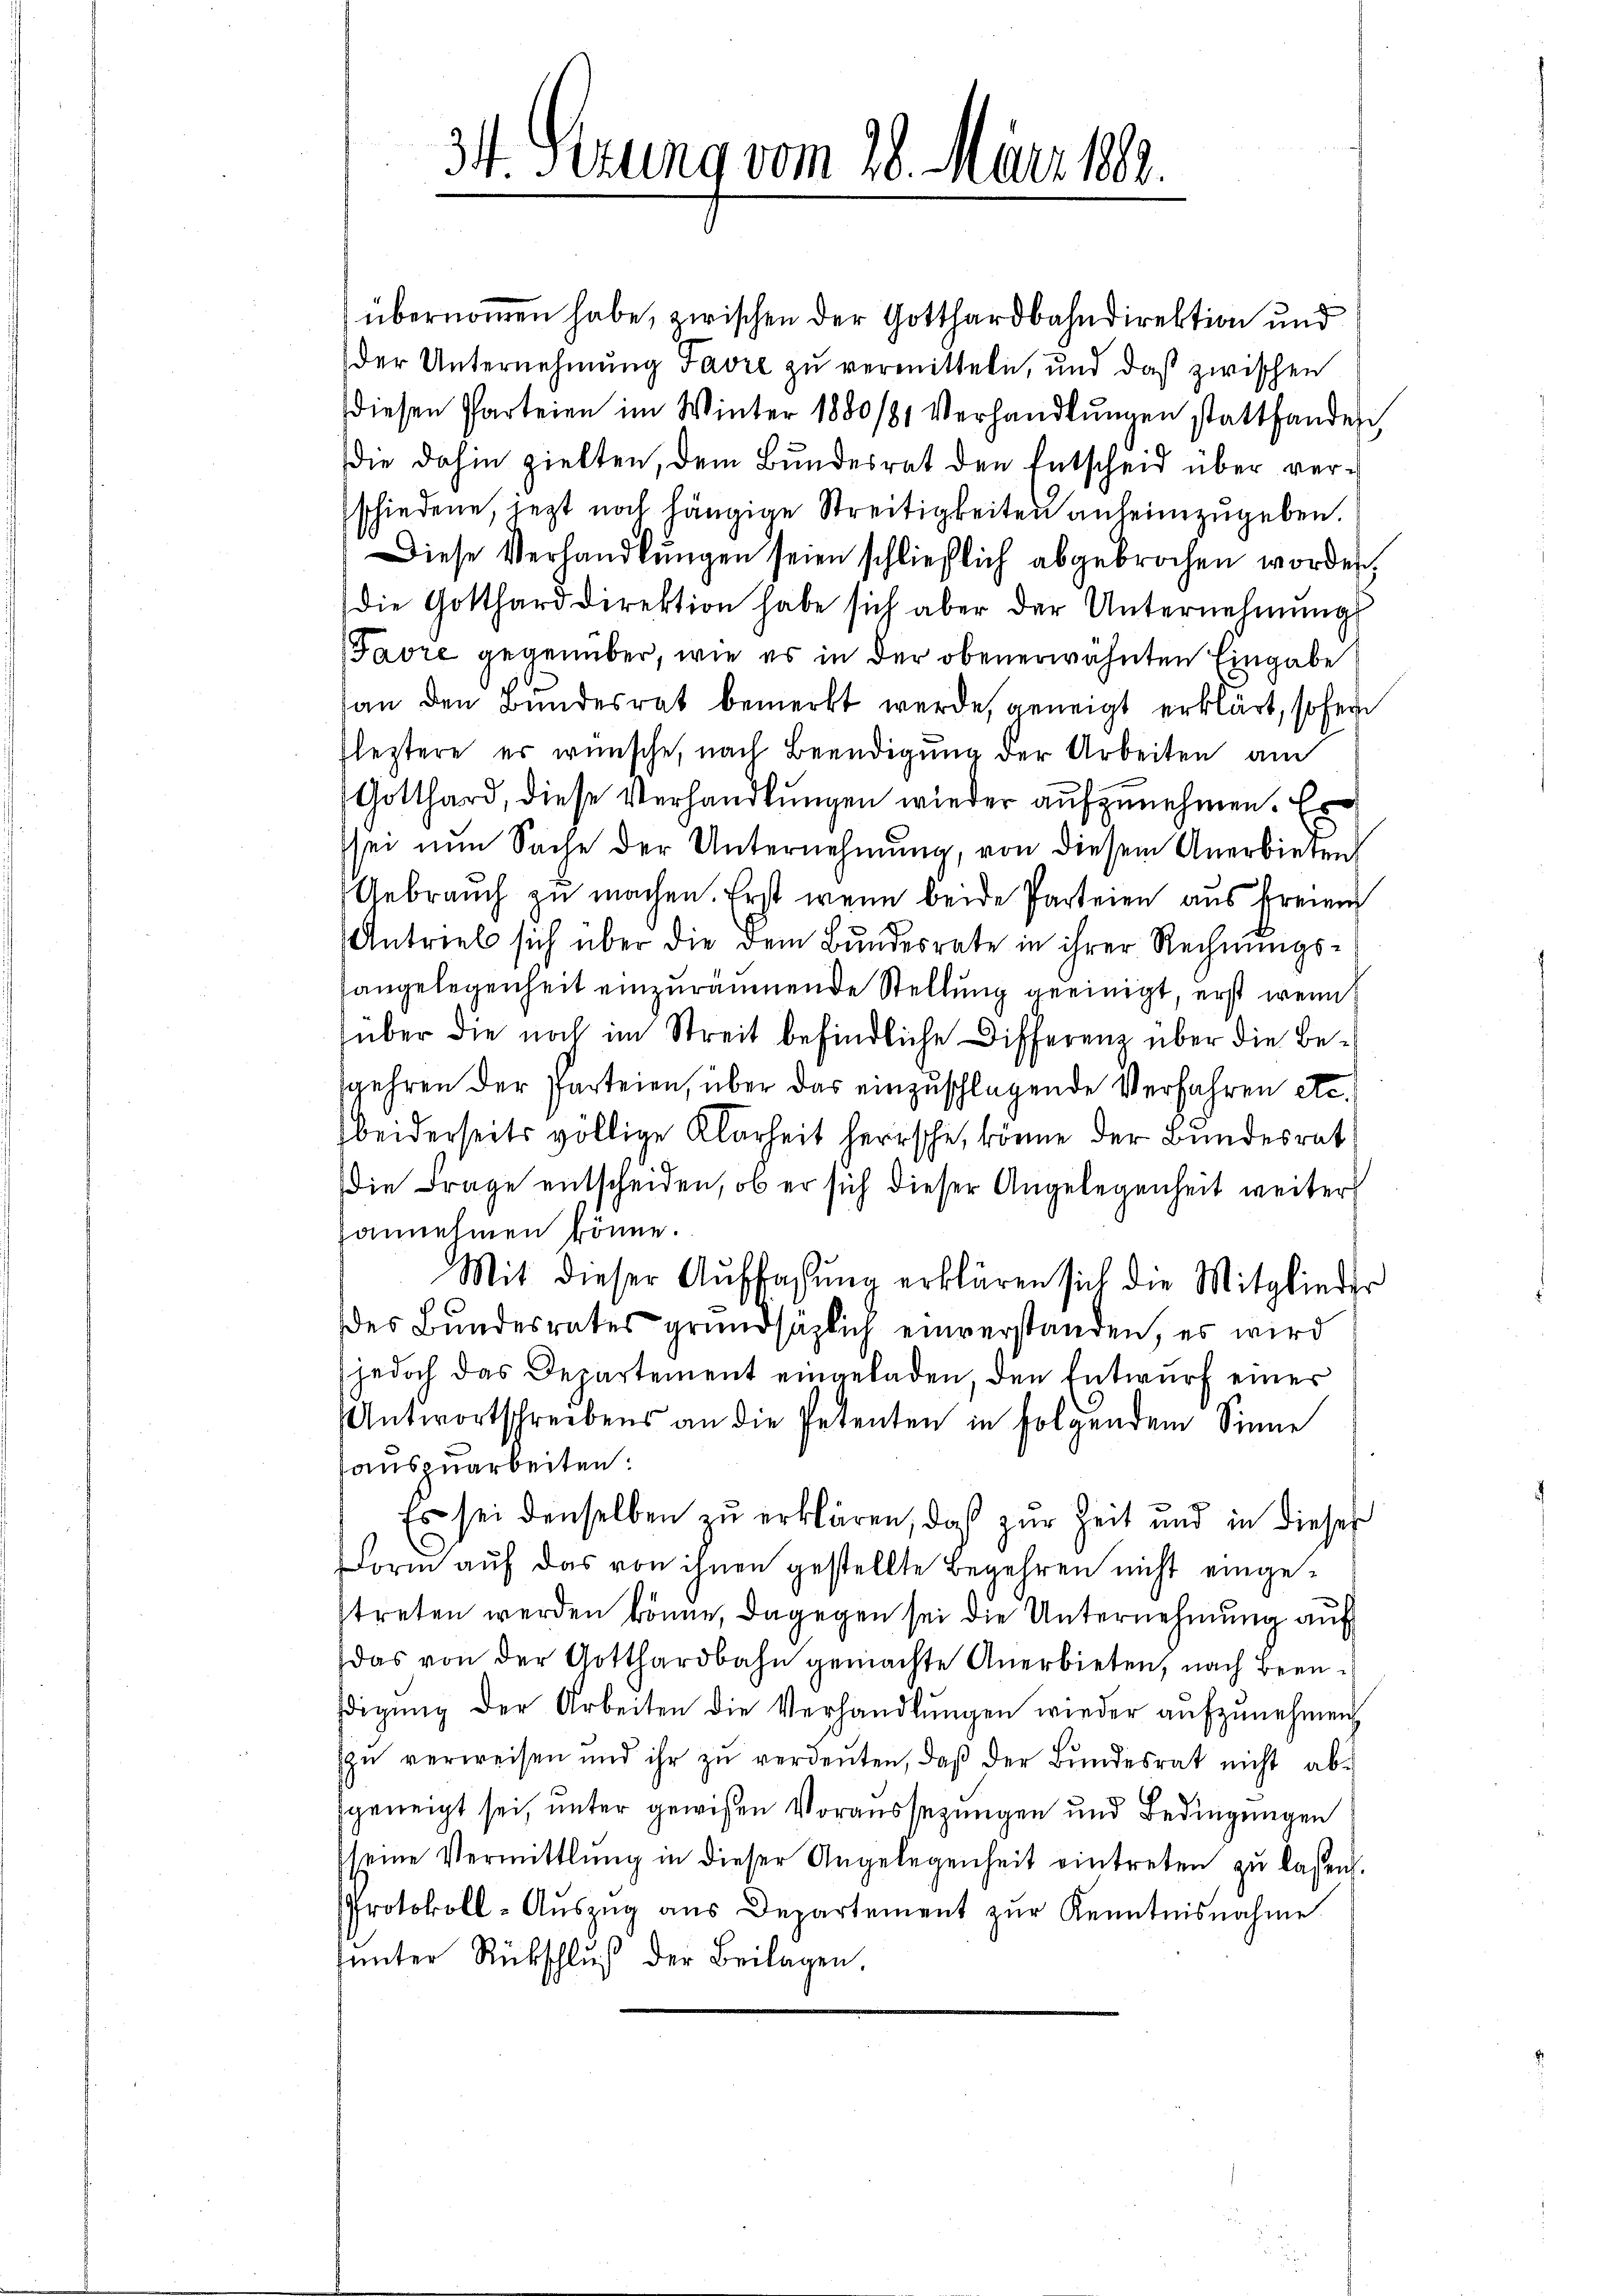
34 Sezung vom 28. März 1888.

übernommen habe, zwischen der Gotthardbahndirektion und
der Unternehmung Favre zu vermitteln, und daß zwischen
diesen Parteien im Winter 1880/81 Verhandlŭngen stattfanden,
die dahin zielten, dem Bundesrat den Entscheid über verschiedene, jezt noch hängige Streitigkeiten anheimzugeben.
Diese Verhandlŭngen seien schließlich abgebrochen worden.
die Gotthard direktion habe sich aber der Unternehmung
Favre gegenüber, wie es in der obenerwähnten Eingabe
an den Bundesrat bemerkt werde, geneigt erklärt, sofern
fleztere er wünsche, nach Beendigung der Arbeiten am
Gotthard, diese Verhandlungen wieder aufzunehmen. Es
sei nun Sache der Unternehmung, von diesem Anerbieten
Gebrauch zu machen. Erst wenn beide Parteien aus Freien
Antrieb sich über die dem Bundesrate in ihrer Rechnŭngs-
angelegenheit einzuräumende Stellung geeinigt, erst wenn
über die noch im Streit befindliche Differenz über die Besgehren der Parteien, über das einzuschlagende Verfahren etc.
beiderseits völlige Klarheit herrsche, könne der Bundesrat
die Frage entscheiden, ob er sich dieser Angelegenheit weiter
hannehmen könne.
Mit dieser Auffassung erklären sich die Mitglieder
des Bŭndesrates grundsätzlich einverstanden, es wird
(jedoch das Departement eingeladen, den Entwurf einer
Antwortschreibens an die Petenten in folgendem Sinne
aŭszŭarbeiten:
Es sei denselben zŭ erklären, daß zur Zeit und in dieses
Form auf das von ihnen gestellte Begehren nicht eingestreten werden könne, dagegen sei die Unternehmung auf
das von der Gotthardbahn gemachte Anerbieten, nach Beendigŭng der Arbeiten die Verhandlŭngen wieder aŭfzŭnehmen,
ŭ verweisen und ihr zŭ verdeuten, daβ der Bundesrat nicht abgeneigt sei, unter gewißen Voraussezungen und Bedingungen
seine Vermittlung in dieser Angelegenheit eintreten zŭ lassen.
Protokoll-Aŭszŭg ans Departement zŭr Kenntnisnahme
sunter Rückschluß der Beilagen